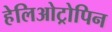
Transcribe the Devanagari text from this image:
हेलिओट्रोपिन